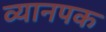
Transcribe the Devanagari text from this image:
व्यानपक